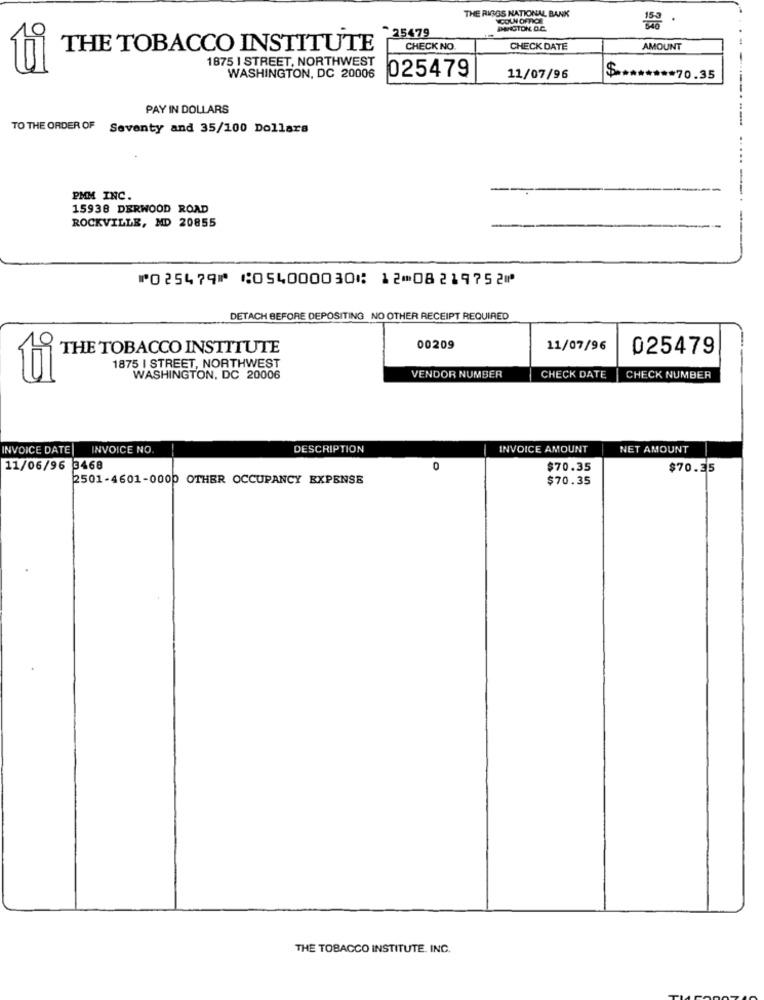
THE RIGS NATIONAL BANK
.
25479
PANGTON D.C.
THE TOBACCO INSTITUTE
CHECK NO.
CHECK DATE
AMOUNT
1875 I STREET, NORTHWEST
WASHINGTON, DC 20006
025479
11/07/96
$
****** 70.35
-....
PAY IN DOLLARS
TO THE ORDER OF Seventy and 35/100 Dollars
-
PMM INC.
15938 DERWOOD ROAD
ROCKVILLE, MD 20855
⑈025479⑈ ⑆054000030⑆ 12⑉08219752⑈
DETACH BEFORE DEPOSITING NO OTHER RECEIPT REQUIRED
THE TOBACCO INSTITUTE
00209
11/07/96
025479
1875 I STREET, NORTHWEST
ti
WASHINGTON, DC 20006
VENDOR NUMBER
CHECK DATE
CHECK NUMBER
INVOICE DATE
INVOICE NO.
DESCRIPTION
INVOICE AMOUNT
NET AMOUNT
11/06/96 3468
0
$70.35
$70.35
2501-4601-0000 OTHER OCCUPANCY EXPENSE
$70.35
THE TOBACCO INSTITUTE. INC.